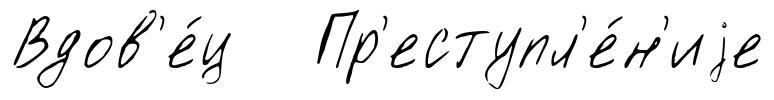
Вдов'е́ц Пр'еступл'е́н'иjе